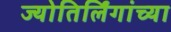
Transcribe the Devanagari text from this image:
ज्योतिर्लिंगांच्या